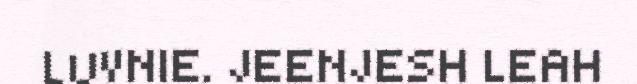
LUVNIE. JEENJESH LEAH